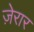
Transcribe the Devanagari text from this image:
ज़ेरार